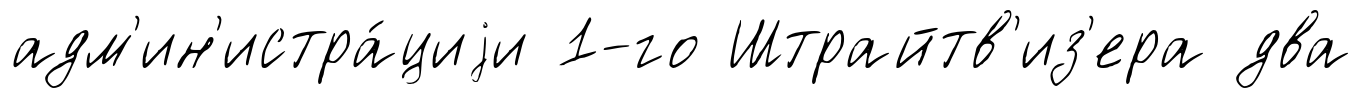
адм'ин'истра́циjи 1-го Штрайтв'из'ера два